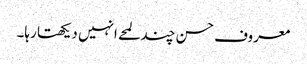
معروف حسن چند لمحے انہیں دیکھتا رہا۔